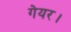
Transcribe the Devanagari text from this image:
गेयर।